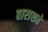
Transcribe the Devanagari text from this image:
बाराशते